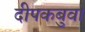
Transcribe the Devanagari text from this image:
दीपकबुवा